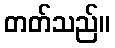
တတ်သည်။